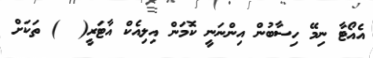
އެއޯޓާ ނިމޭ ހިސާބުން އިންނަނީ ކޮމަން އިލިއެކް އާޓަރީ(  ) ތަކަށް